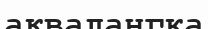
аквалангқа